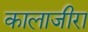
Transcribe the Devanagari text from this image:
कालाजीरा